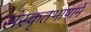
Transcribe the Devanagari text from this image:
संस्कृतभाषामें